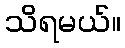
သိရမယ်။